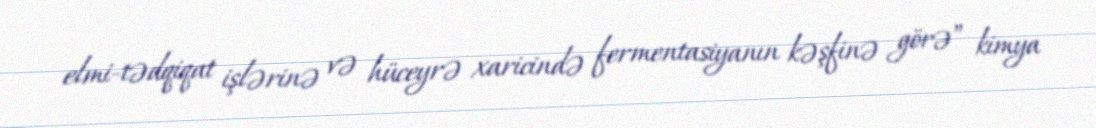
elmi-tədqiqat işlərinə və hüceyrə xaricində fermentasiyanın kəşfinə görə” kimya